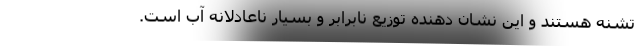
تشنه هستند و این نشان دهنده توزیع نابرابر و بسیار ناعادلانه آب است.